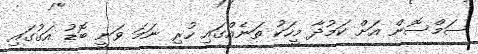
ސަމްސޮން އަށް ކަމުދާ މީހަކު ތަނެއްގައި ހުރި ނަމަ ވަނީ ބޮޑު އަގުގައި